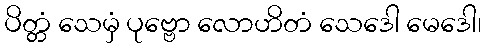
ပိတ္တံ သေမှံ ပုဗ္ဗော လောဟိတံ သေဒေါ မေဒေါ၊